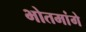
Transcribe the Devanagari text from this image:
भोतमांगे